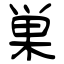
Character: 巣